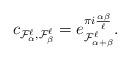
LaTeX: \begin{align*} c_{ \mathcal F_{\alpha}^\ell, \mathcal F_{\beta}^\ell} = e^{\pi i \frac{\alpha\beta}{\ell}} _{ \mathcal F_{\alpha+\beta}^\ell}. \end{align*}